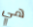
هي